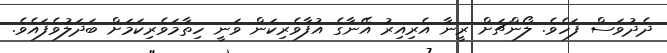
ދެދުވަސް ފަހެވެ. ލޯންޗަށް ރީނާ އެރިއިރު އޭނާގެ އުފާވެރިކަން ވަނީ ހިތާމަވެރިކަމަށް ބަދަލުވެފައެވެ.